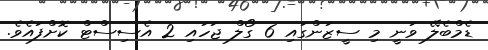
ޑެމްބެލޭ ވަނީ މި ސީޒަންގައި 6 ގޯލް ޖަހައި 2 އެސިސްޓް ކޮށްފައެވެ.